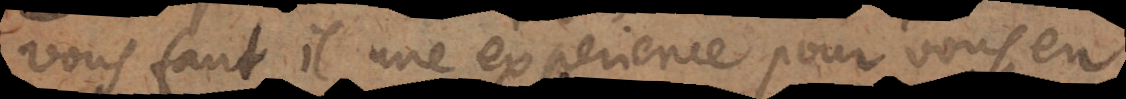
vous faut il une experience pour vous en